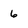
Character: 6